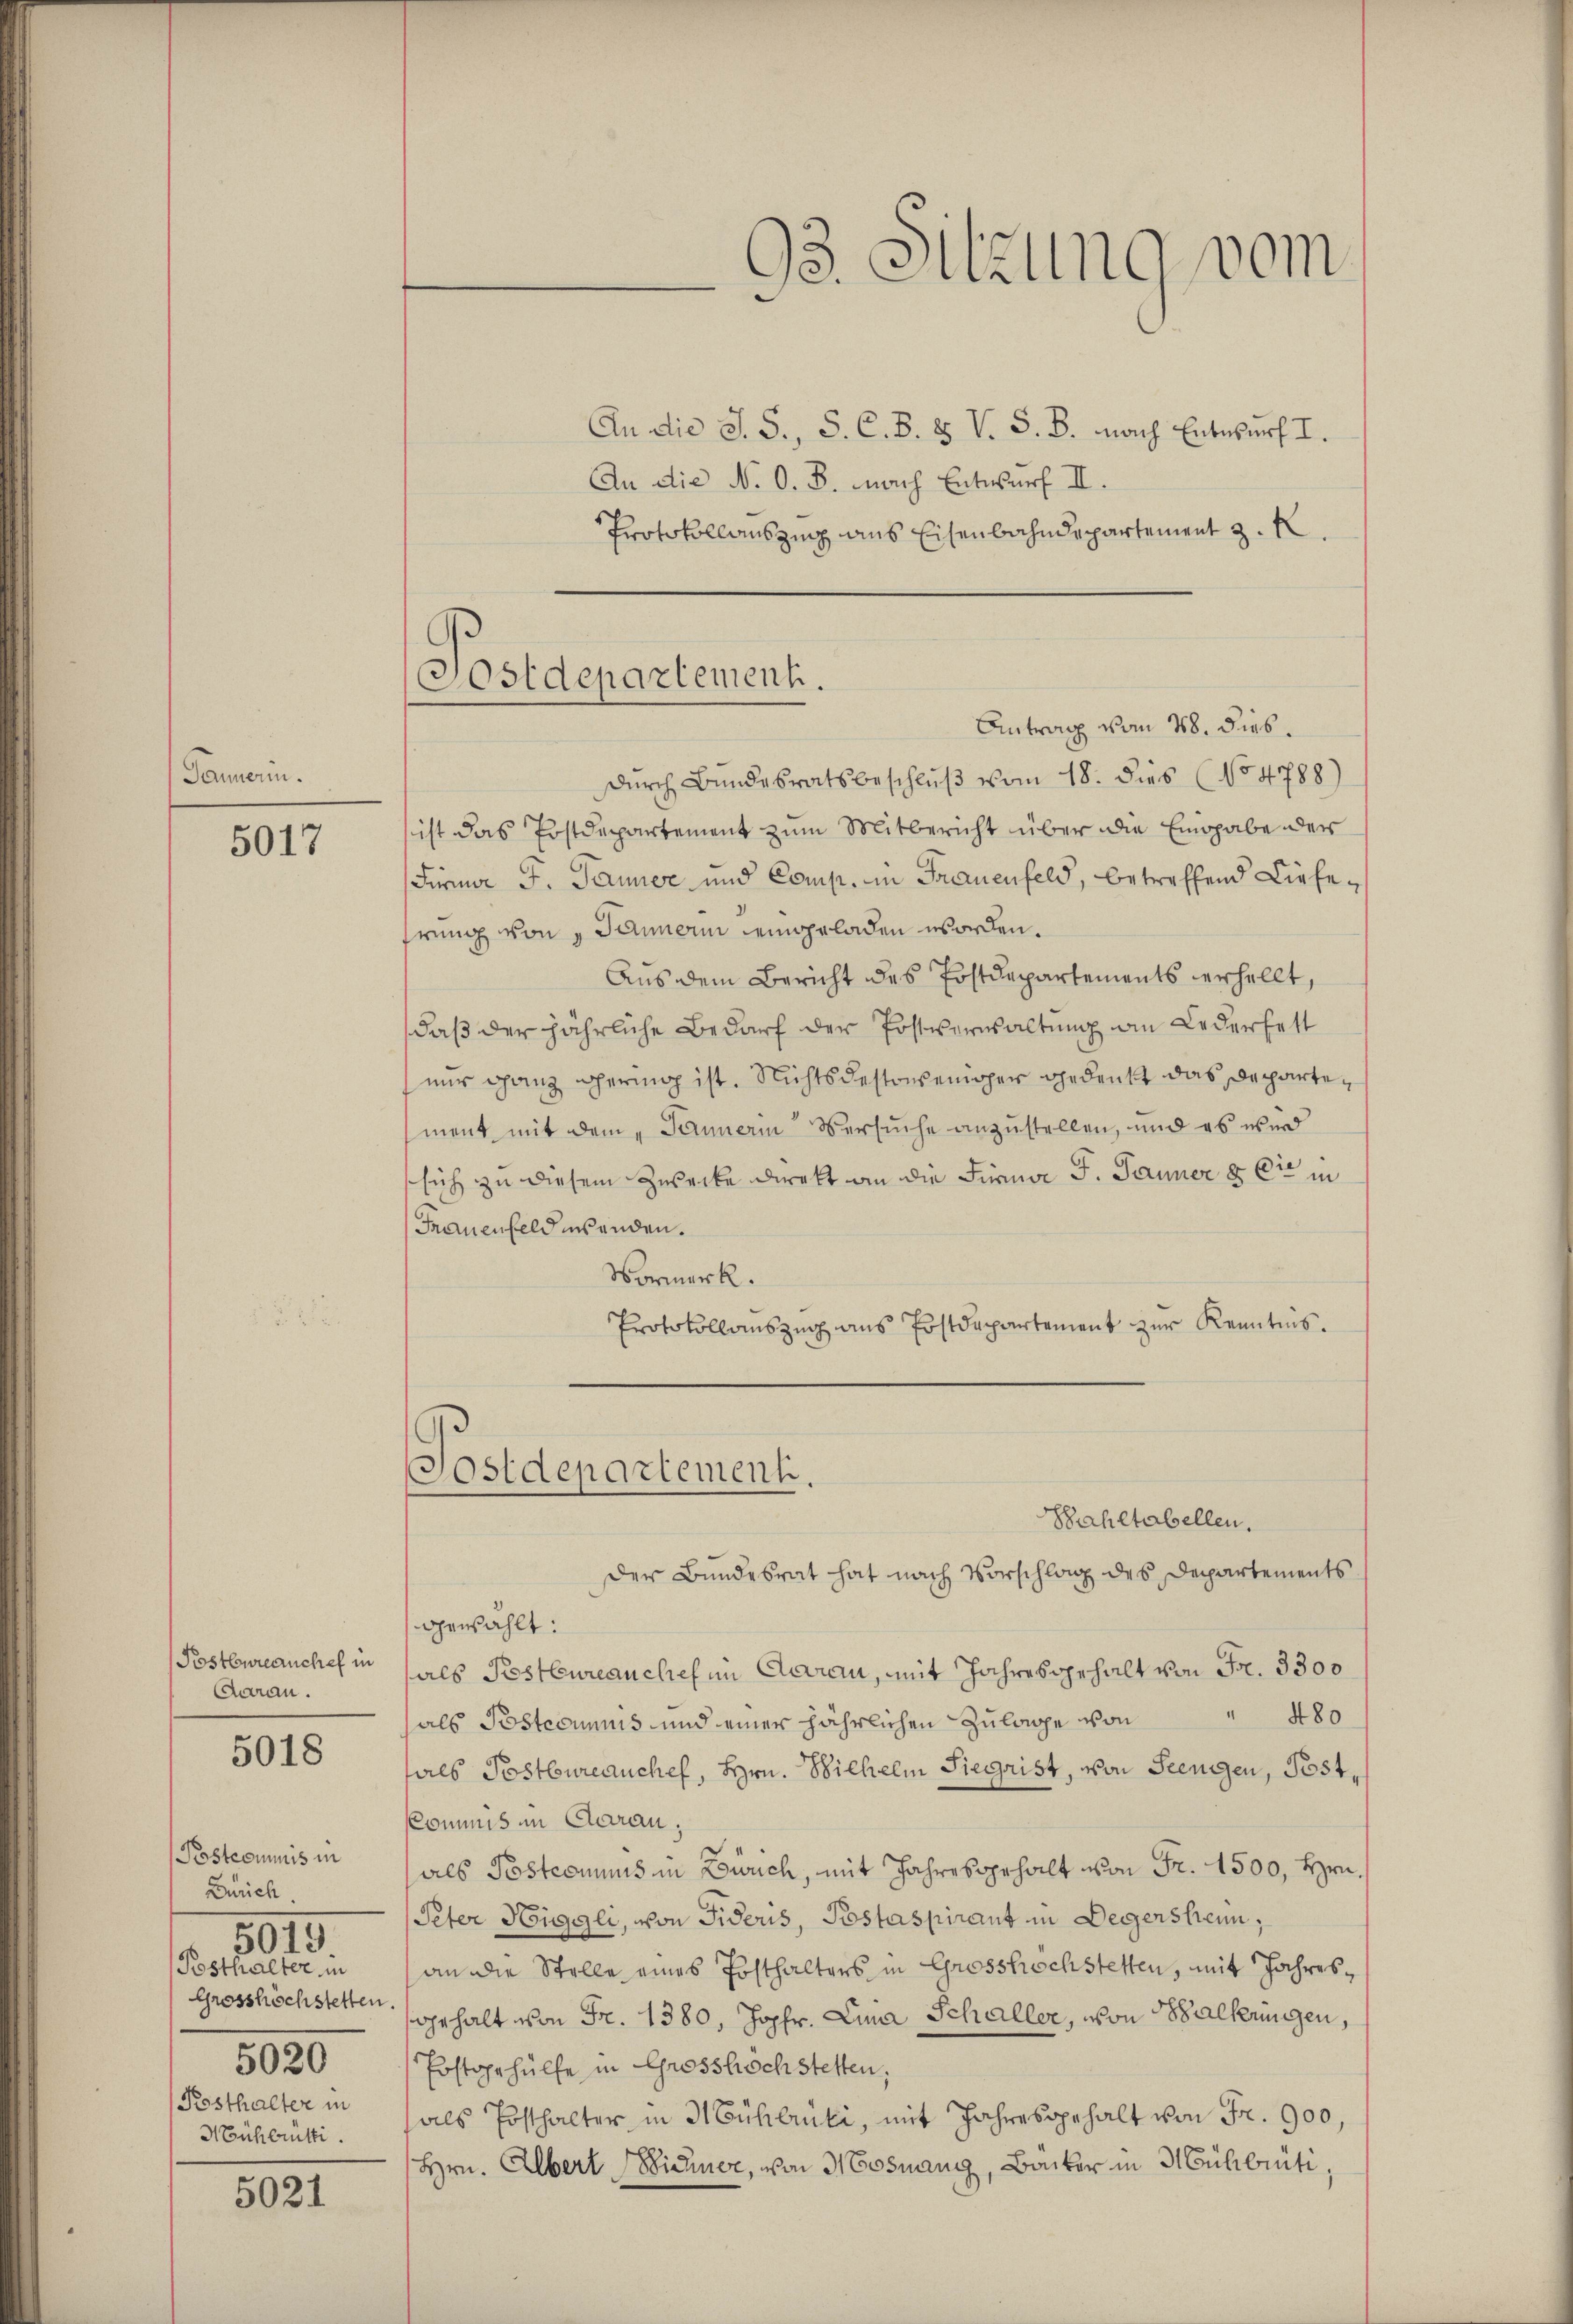
Pannerin.

5017

Postbureauchef in
Daran.
5018

Postcommis in
Zürich
Posthalter in
Grosshöchstetten
5020
(Posthalter in
Nühlrüti.

5015

5021

Postdepartement.

An die S. S., S. C. B. H. V. S. B. nach Entwurf I.
An die N. O. B. nach Entwurf II.
Protokollauszing aus Eisenbahndepartement z.
Antrag vom 28. dies.
durch Bundesratsbeschluß vom 18. dies (No 4788)
ist das Erstdepartement zum Mitbericht über die Eingabe der
Fürmer F. Panier und Comp. in Frauenfeld, betreffend Liefe-
rung von 1 Jännern eingeladen worden.
Aus dem Bericht des Postdepartements erhellt,
daβ der jährliche Bedarf der Postverwaltung an Lederfett
nur ganz Thermag ist. Nichtsdestoweniger Gedenkt das Departement mit dem „Pannerin Versuche anzustellen, und es wird
sich zu diesem Zwecke direkt an die Firma J. Jauner & Cie in
Frauenfeld wenden.
Normerk.
Protokollauszug aus Postdepartement zur Kenntnis.
Postdepartement.
Bahltabellen.
Der Bundesrat hat nach Vorschlag des Departements
gewählt:
als Postbureauches im Aarau, mit Jahres gehalt von Fr. 3300
" 480
als Postccumnis und einer jährlichen Zulage von
hals Postbureauchef, Hrn. Wilhelm Siegrist, von Seengen, Post,
Commis in Aarau
als Postcommis in Zürich, mit Jahresgehalt von Fr. 1500, Hrn.
Peter Higgli, von Fideris, Pestaspirant in Degerstrenn,
an die Stelle eines Posthalters in Grosshöchstetten, mit Jahresgehalt von Fr. 1380, Jopfr. Lina Schaller, von Balkerungen,
Erstgehülfe in Grosshöchstetten.
als Posthalter in Mühlrüti, mit Jahresgehalt von Fr. 900,
Hrn. Albert Sichner, von Mosnang, Backer in Mühlrüti,

93. Sitzung vom